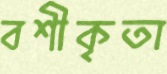
বশীকৃতা